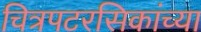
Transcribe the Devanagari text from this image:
चित्रपटरसिकांच्या